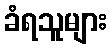
ခံရသူများ